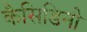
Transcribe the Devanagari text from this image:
कैसिडिनी